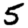
Digit: 5